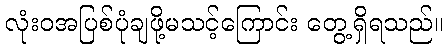
လုံးဝအပြစ်ပုံချဖို့မသင့်ကြောင်း တွေ့ရှိရသည်။